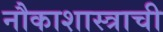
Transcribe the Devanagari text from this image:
नौकाशास्त्राची